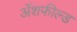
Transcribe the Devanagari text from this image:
ॲशफील्ड